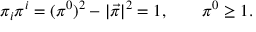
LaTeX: \pi _ { i } \pi ^ { i } = ( \pi ^ { 0 } ) ^ { 2 } - | \vec { \pi } | ^ { 2 } = 1 , \qquad \pi ^ { 0 } \geq 1 .